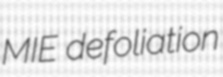
MIE defoliation